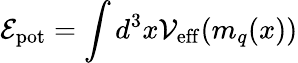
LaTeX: {\cal E}_{\mathrm{pot}}=\int d^{3}x{\cal V}_{\mathrm{eff}}(m_{q}(x))